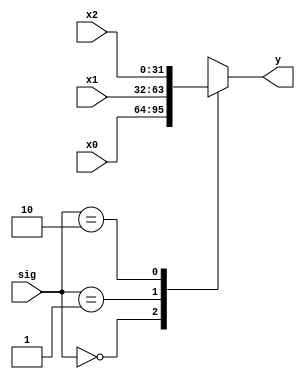
`timescale 1ns / 1ns
//////////////////////////////////////////////////////////////////////////////////
// Company: 
// Engineer: 
// 
// Design Name: 
// Module Name: mux
// Project Name: 
// Target Devices: 
// Tool Versions: 
// Description: 
// 
// Dependencies: 
// 
// Revision:
// Revision 0.01 - File Created
// Additional Comments:
// 
//////////////////////////////////////////////////////////////////////////////////

module MUX3x32(x0,x1,x2,sig,y);
input [31:0] x0;
input [31:0] x1;
input [31:0] x2;
input [1:0] sig;
output [31:0] y;

function  [31:0] select;
    input [31:0] x0,x1,x2;
    input [1:0]sig;
    case(sig)
        2'b00: select=x0;
        2'b01: select=x1;
        2'b10: select=x2;
    endcase
endfunction

assign y=select(x0,x1,x2,sig);
endmodule

module MUX3x5(x0,x1,x2,sig,y);
input [4:0] x0,x1,x2;
input [1:0] sig;
output [4:0] y;

function  [4:0] select;
    input [4:0] x0,x1,x2;
    input [1:0] sig;
    case(sig)
        2'b00:select=x0;//rt
        2'b01:select=x1;//rd
        2'b10:select=x2;
        2'b11:select=(x1==0)?x2:x1;
    endcase
endfunction

assign y=select(x0,x1,x2,sig);
endmodule

module MUX2x32(x0,x1,sig,y);
input [31:0]x0,x1;
input sig;
output [31:0] y;
assign y=sig?x1:x0;
endmodule

module MUX4x32(x0,x1,x2,x3,sig,y);
input [31:0] x0,x1,x2,x3;
input [1:0]sig;
output reg[31:0] y;
always @ (x0 or x1 or x2 or x3 or sig)
begin
    case(sig)
    2'b00:y=x0;
    2'b01:y=x1;
    2'b10:y=x2;
    2'b11:y=x3;
    endcase
    //$display("select %h",y);
end
endmodule